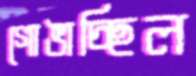
গোঙাচ্ছিল